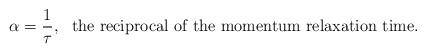
LaTeX: \begin{align*}\alpha=\frac{1}{\tau},~~\mbox{the reciprocal of the momentum relaxation time}.\end{align*}